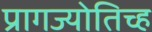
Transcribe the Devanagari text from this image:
प्रागज्योतिच्ह